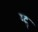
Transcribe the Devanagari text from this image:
ग्द्